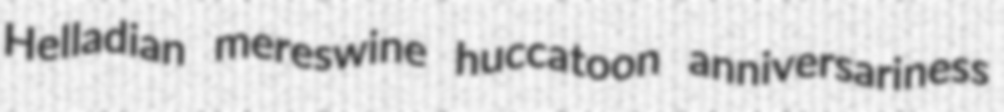
Helladian mereswine huccatoon anniversariness